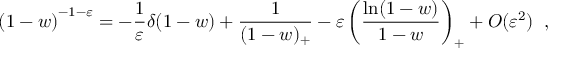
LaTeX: \left( 1 - w \right) ^ { - 1 - \varepsilon } = - \frac { 1 } { \varepsilon } \delta ( 1 - w ) + \frac { 1 } { ( 1 - w ) _ { + } } - \varepsilon \left( \frac { \ln ( 1 - w ) } { 1 - w } \right) _ { + } + { \cal O } ( \varepsilon ^ { 2 } ) \; \; ,